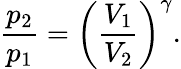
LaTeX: {\frac{p_{2}}{p_{1}}}=\left({\frac{V_{1}}{V_{2}}}\right)^{\gamma}.